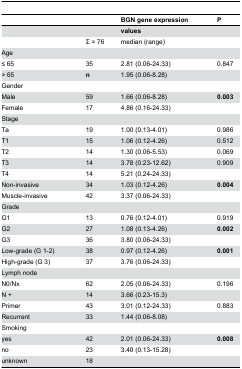
|  |  | BGN gene expression | P |
 | --- | --- | --- | --- |
 |  |  | values |  |
 |  | Σ = 76 | median (range) |  |
 | Age |  |  |  |
 | ≤ 65 | 35 | 2.81 (0.06-24.33) | 0.847 |
 | > 65 | n | 1.95 (0.06-8.28) |  |
 | Gender |  |  |  |
 | Male | 59 | 1.66 (0.06-8.28) | 0.003 |
 | Female | 17 | 4.86 (0.16-24.33) |  |
 | Stage |  |  |  |
 | Ta | 19 | 1.00 (0.13-4.01) | 0.986 |
 | T1 | 15 | 1.06 (0.12-4.26) | 0.512 |
 | T2 | 14 | 1.30 (0.06-5.53) | 0.069 |
 | T3 | 14 | 3.78 (0.23-12.62) | 0.909 |
 | T4 | 14 | 5.21 (0.24-24.33) |  |
 | Non-invasive | 34 | 1.03 (0.12-4.26) | 0.004 |
 | Muscle-invasive | 42 | 3.37 (0.06-24.33) |  |
 | Grade |  |  |  |
 | G1 | 13 | 0.76 (0.12-4.01) | 0.919 |
 | G2 | 27 | 1.08 (0.13-4.26) | 0.002 |
 | G3 | 36 | 3.80 (0.06-24.33) |  |
 | Low-grade (G 1-2) | 38 | 0.97 (0.12-4.26) | 0.001 |
 | High-grade (G 3) | 37 | 3.76 (0.06-24.33) |  |
 | Lymph node |  |  |  |
 | N0/Nx | 62 | 2.05 (0.06-24.33) | 0.196 |
 | N + | 14 | 3.66 (0.23-15.3) |  |
 | Primer | 43 | 3.01 (0.12-24.33) | 0.883 |
 | Recurrent | 33 | 1.44 (0.06-8.08) |  |
 | Smoking |  |  |  |
 | yes | 42 | 2.01 (0.06-24.33) | 0.008 |
 | no | 23 | 3.40 (0.13-15.28) |  |
 | unknown | 18 |  |  |